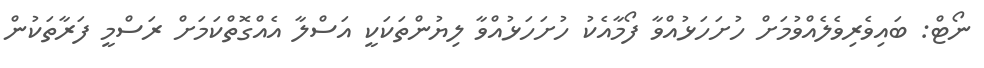
ނޯޓް: ބައިވެރިވެލެއްވުމަށް ހުށަހަޅުއްވާ ފޯމާއެކު ހުށަހަޅުއްވާ ލިޔުންތަކަކީ އަސްލާ އެއްގޮތްކަމަށް ރަސްމީ ފަރާތަކުން